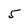
Character: 5